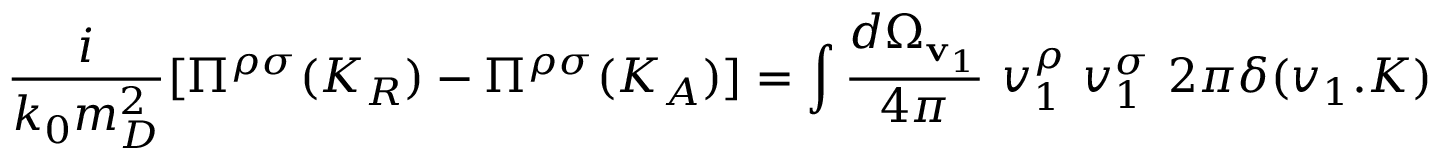
{ \frac { i } { k _ { 0 } m _ { D } ^ { 2 } } } [ \Pi ^ { \rho \sigma } ( K _ { R } ) - \Pi ^ { \rho \sigma } ( K _ { A } ) ] = \int { \frac { d \Omega _ { \mathbf { v } _ { 1 } } } { 4 \pi } } \ v _ { 1 } ^ { \rho } \ v _ { 1 } ^ { \sigma } \ 2 \pi \delta ( v _ { 1 } . K )